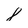
Character: 8